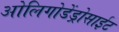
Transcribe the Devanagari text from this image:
ओलिगोडेंड्रोसाईट